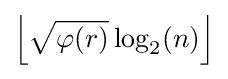
\left\lfloor {\sqrt {\varphi (r)}}\log _{2}(n)\right\rfloor